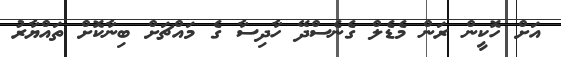
އަށް ހޮކީން ރަން މެޑެލް ގެނެސްދޭ ހާދިސާ ގެ މައްޗަށް ބިނާކޮށް ތައްޔާރު